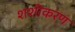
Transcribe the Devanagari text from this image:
शशीकरण